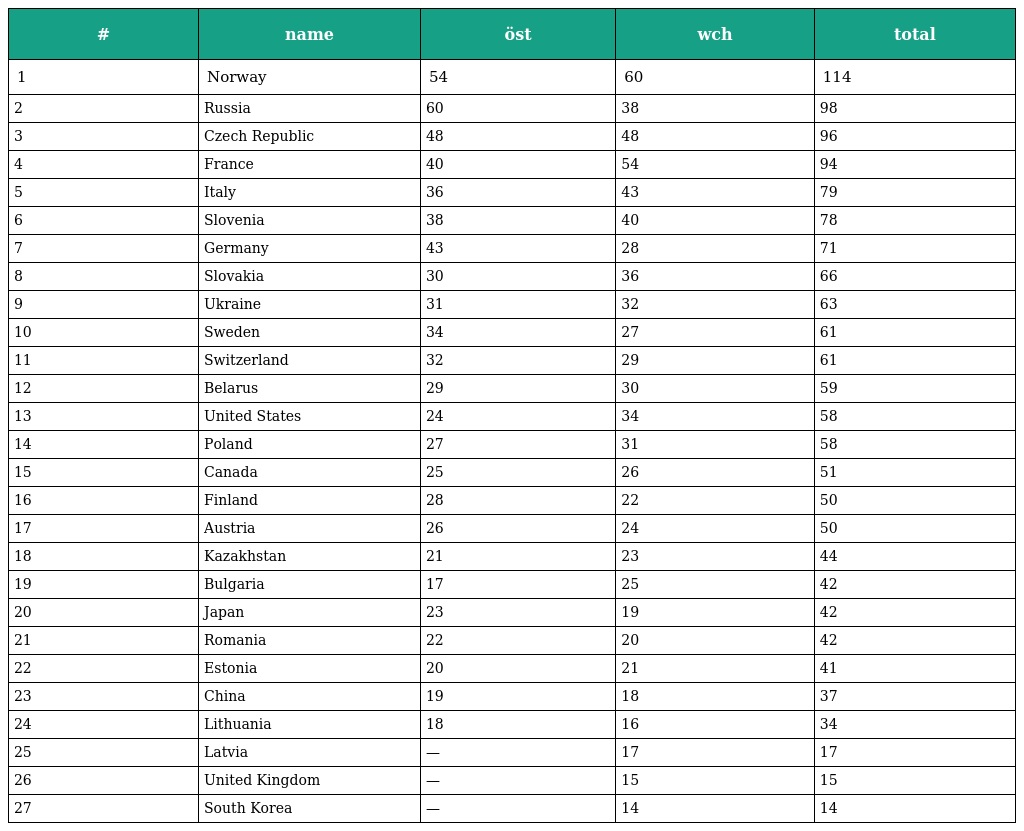
| # | name | öst | wch | total |
 | --- | --- | --- | --- | --- |
 | 1 | Norway | 54 | 60 | 114 |
 | 2 | Russia | 60 | 38 | 98 |
 | 3 | Czech Republic | 48 | 48 | 96 |
 | 4 | France | 40 | 54 | 94 |
 | 5 | Italy | 36 | 43 | 79 |
 | 6 | Slovenia | 38 | 40 | 78 |
 | 7 | Germany | 43 | 28 | 71 |
 | 8 | Slovakia | 30 | 36 | 66 |
 | 9 | Ukraine | 31 | 32 | 63 |
 | 10 | Sweden | 34 | 27 | 61 |
 | 11 | Switzerland | 32 | 29 | 61 |
 | 12 | Belarus | 29 | 30 | 59 |
 | 13 | United States | 24 | 34 | 58 |
 | 14 | Poland | 27 | 31 | 58 |
 | 15 | Canada | 25 | 26 | 51 |
 | 16 | Finland | 28 | 22 | 50 |
 | 17 | Austria | 26 | 24 | 50 |
 | 18 | Kazakhstan | 21 | 23 | 44 |
 | 19 | Bulgaria | 17 | 25 | 42 |
 | 20 | Japan | 23 | 19 | 42 |
 | 21 | Romania | 22 | 20 | 42 |
 | 22 | Estonia | 20 | 21 | 41 |
 | 23 | China | 19 | 18 | 37 |
 | 24 | Lithuania | 18 | 16 | 34 |
 | 25 | Latvia | — | 17 | 17 |
 | 26 | United Kingdom | — | 15 | 15 |
 | 27 | South Korea | — | 14 | 14 |